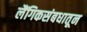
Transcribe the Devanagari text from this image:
लैंगिकसंबधातून